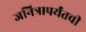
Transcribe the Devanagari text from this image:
जनित्रापर्यंतची